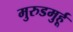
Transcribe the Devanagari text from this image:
मुरुडमुर्हू